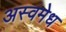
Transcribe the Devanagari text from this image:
अस्वमेध